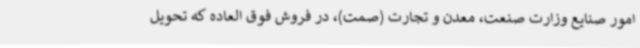
امور صنایع وزارت صنعت، معدن و تجارت (صمت)، در فروش فوق العاده که تحویل